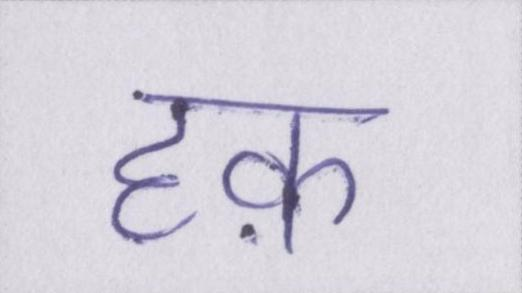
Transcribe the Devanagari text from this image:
हक़